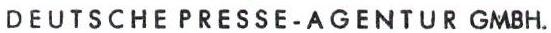
DEUTSCHE PRESSE-AGENTUR GMBH.